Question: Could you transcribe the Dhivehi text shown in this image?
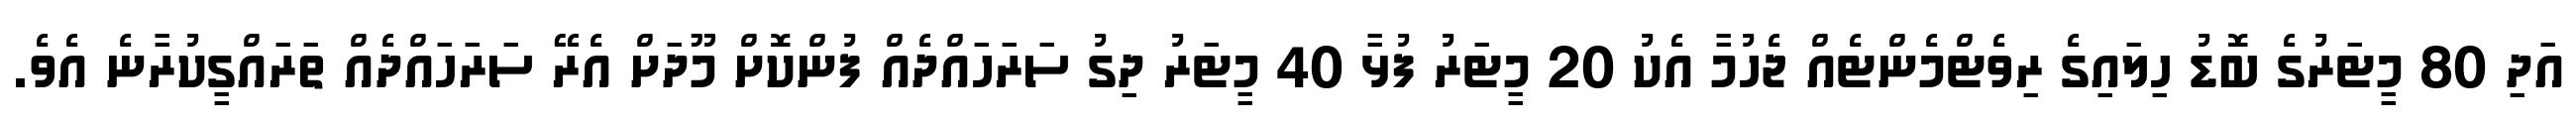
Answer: އަދި 80 މީޓަރުގެ ބޮޑު ހިލައިގެ ރިވެޓްމެންޓެއް ޖެހުމާ އެކު 20 މީޓަރު ފުޅާ 40 މީޓަރު ދިގު ސަރަހައްދެއް ފުންކޮށް މޫދަށް އެރޭ ސަރަހައްދެއް ތަރައްގީކުރާނެ އެވެ.